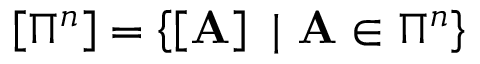
\left[ \Pi ^ { n } \right] = \left\{ \left[ \mathbf { A } \right] \ | \ \mathbf { A } \in \Pi ^ { n } \right\}